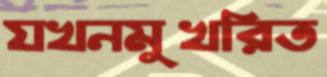
যখনমুখরিত